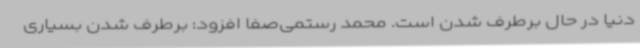
دنیا در حال برطرف شدن است. محمد رستمی‌صفا افزود: برطرف شدن بسیاری